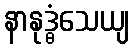
နာနုဒ္ဓံသေယျ